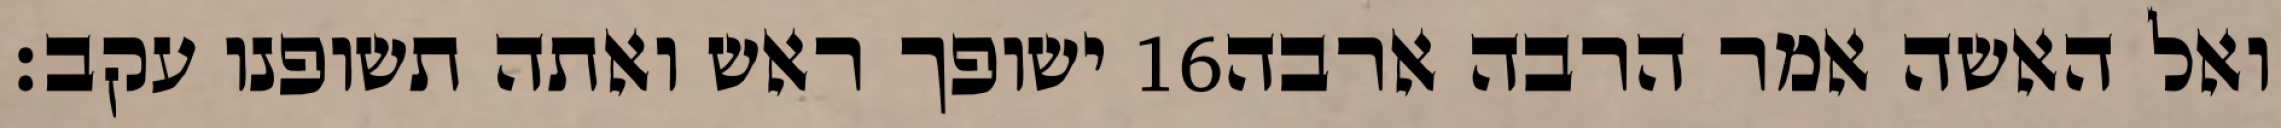
ישופך ראש ואתה תשופנו עקב׃ ‎16‏ ואל האשה אמר הרבה ארבה